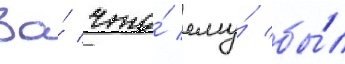
За́ что́ ему́ бы́л